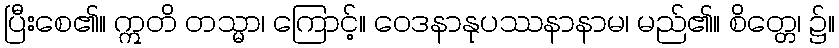
ပြီးစေ၏။ ဣတိ တသ္မာ၊ ကြောင့်။ ဝေဒနာနုပဿနာနာမ၊ မည်၏။ စိတ္တေ၊ ၌။